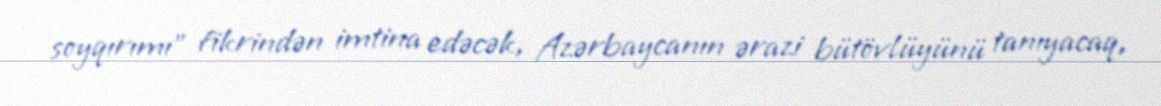
soyqırımı” fikrindən imtina edəcək, Azərbaycanın ərazi bütövlüyünü tanıyacaq,